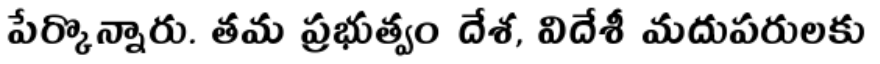
పేర్కొన్నారు. తమ ప్రభుత్వం దేశ, విదేశీ మదుపరులకు